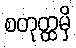
စတုတ္ထမှိ